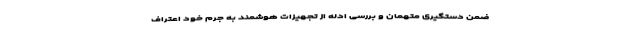
ضمن دستگیری متهمان و بررسی ادله از تجهیزات هوشمند به جرم خود اعتراف